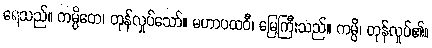
ရေသည်။ ကမ္ပိတေ၊ တုန်လှုပ်သော်။ မဟာပထဝီ၊ မြေကြီးသည်။ ကမ္ပိ၊ တုန်လှုပ်၏။